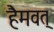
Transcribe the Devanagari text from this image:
हैमवत्